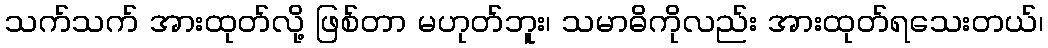
သက်သက် အားထုတ်လို့ ဖြစ်တာ မဟုတ်ဘူး၊ သမာဓိကိုလည်း အားထုတ်ရသေးတယ်၊